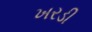
ખરડી